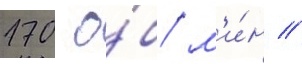
170 о́б/ м'и́н /